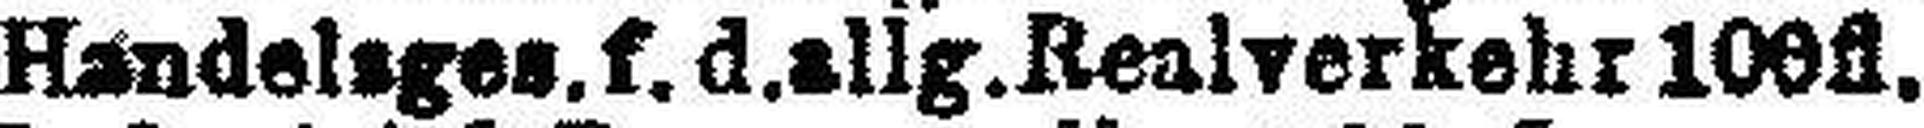
Handelsges.f.d.allg.Renlverkehr 100fl.